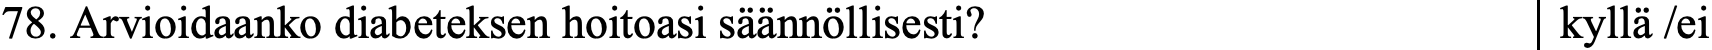
78. Arvioidaanko diabeteksen hoitoasi säännöllisesti? kyllä /ei